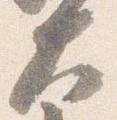
大